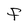
Character: F